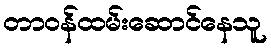
တာဝန်ထမ်းဆောင်နေသူ